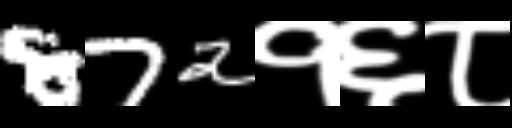
Text: 872१६८